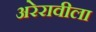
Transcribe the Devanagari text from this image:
अरेरावीला